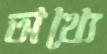
অথ্যে